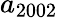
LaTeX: a_{2002}